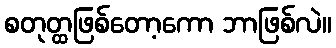
စတုတ္ထဖြစ်တော့ကော ဘာဖြစ်လဲ။